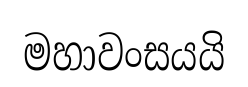
මහාවංසයයි